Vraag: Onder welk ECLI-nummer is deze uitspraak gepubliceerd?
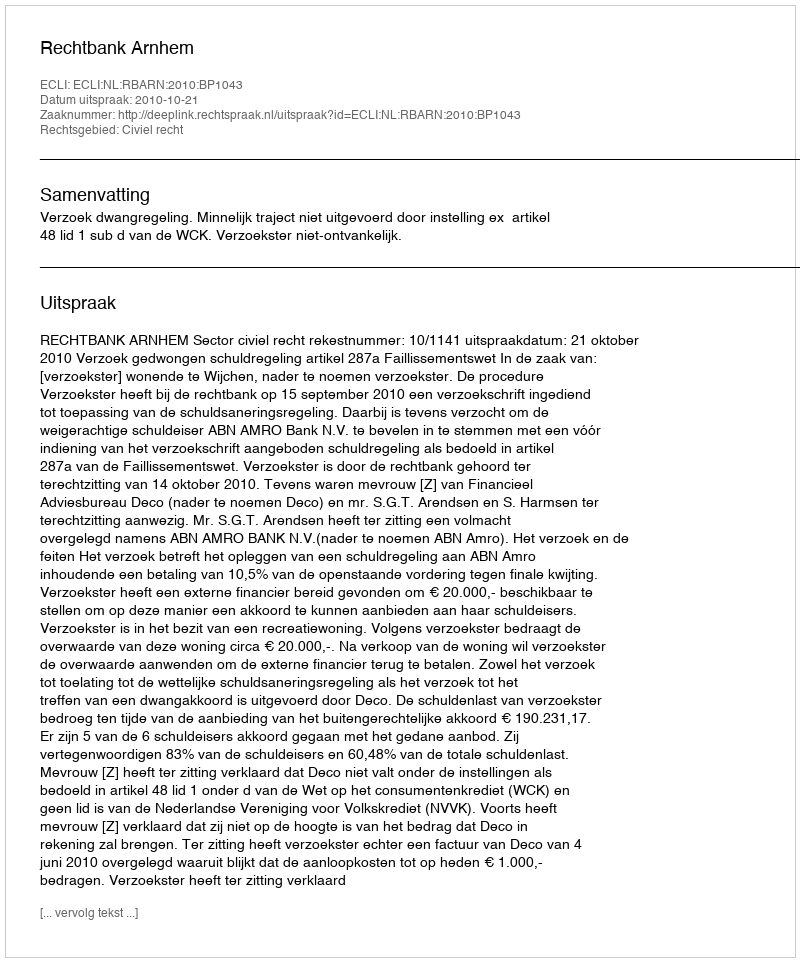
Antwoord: ECLI:NL:RBARN:2010:BP1043